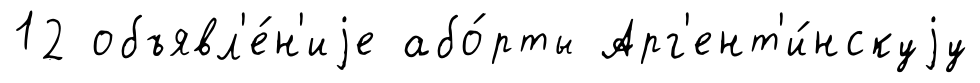
12 объявл'е́н'иjе або́рты Арг'ент'и́нскуjу